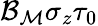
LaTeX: {\mathcal{B}}_{{\mathcal{M}}}\sigma_{z}\tau_{0}